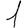
Digit: 1